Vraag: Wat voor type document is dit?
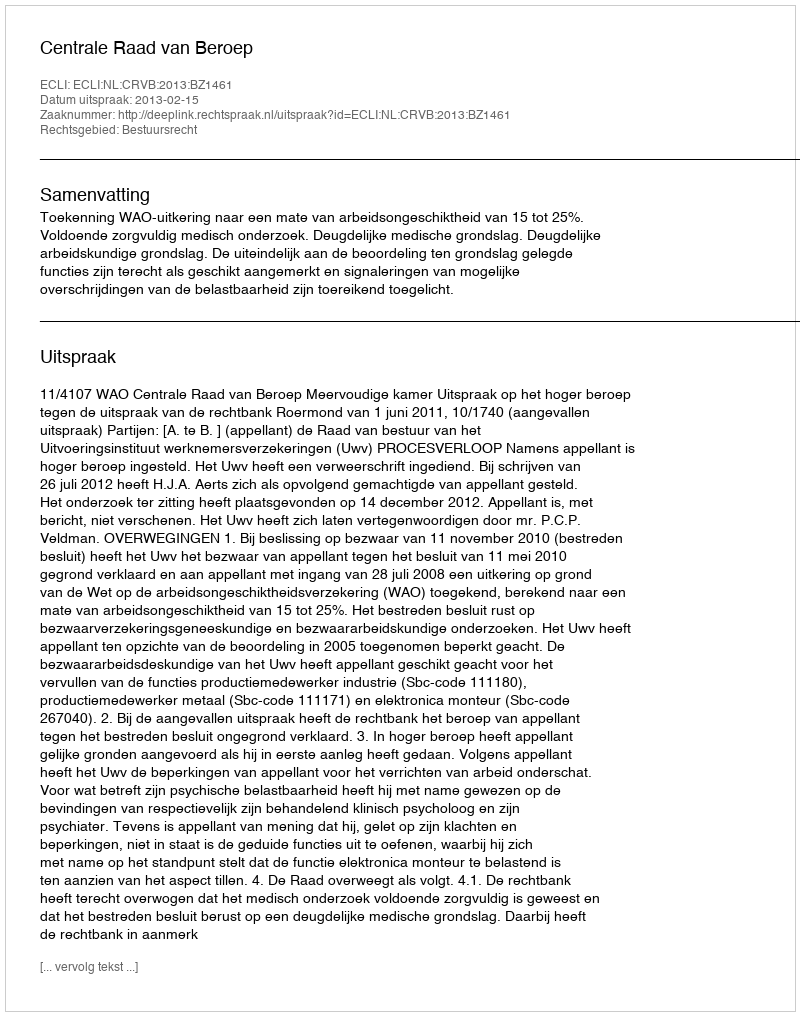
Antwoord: Uitspraak